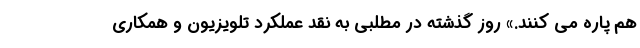
هم پاره می کنند.» روز گذشته در مطلبی به نقد عملکرد تلویزیون و همکاری